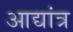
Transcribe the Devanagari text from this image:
आद्यांत्र